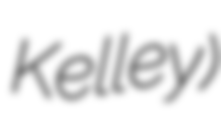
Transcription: Kelley)